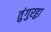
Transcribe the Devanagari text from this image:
तुंगुरहुा